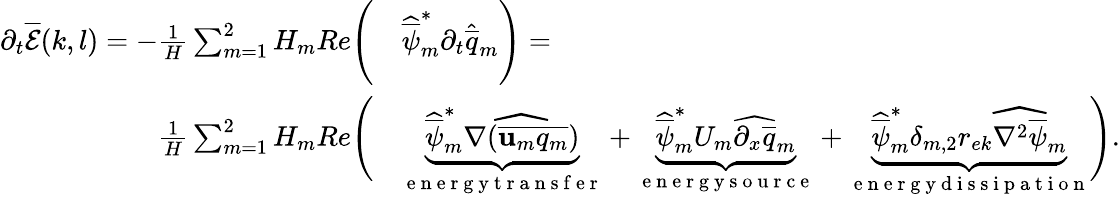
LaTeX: \begin{array}{rl}{\partial_{t}\overline{{\mathcal{E}}}(k,l)=-\frac{1}{H}\sum_{m=1}^{2}H_{m}Re\Bigg(}&{{}\widehat{\overline{{\psi}}}_{m}^{*}\partial_{t}\widehat{\overline{{q}}}_{m}\Bigg)=}\\ {\frac{1}{H}\sum_{m=1}^{2}H_{m}Re\Bigg(}&{{}\underbrace{\widehat{\overline{{\psi}}}_{m}^{*}\widehat{\nabla(\overline{{\mathbf{u}_{m}q_{m}}})}}_{\mathrm{~e~n~e~r~g~y~t~r~a~n~s~f~e~r~}}+\underbrace{\widehat{\overline{{\psi}}}_{m}^{*}U_{m}\widehat{\partial_{x}\overline{{q}}}_{m}}_{\mathrm{~e~n~e~r~g~y~s~o~u~r~c~e~}}+\underbrace{\widehat{\overline{{\psi}}}_{m}^{*}\delta_{m,2}r_{ek}\widehat{\nabla^{2}\overline{{\psi}}}_{m}}_{\mathrm{~e~n~e~r~g~y~d~i~s~s~i~p~a~t~i~o~n~}}\Bigg).}\end{array}